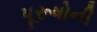
પૂરૂષોની